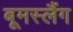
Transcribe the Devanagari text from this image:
बूमस्लैंग